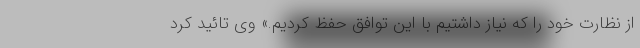
از نظارت خود را که نیاز داشتیم با این توافق حفظ کردیم.» وی تائید کرد